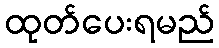
ထုတ်ပေးရမည်